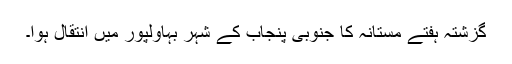
گزشتہ ہفتے مستانہ کا جنوبی پنجاب کے شہر بہاولپور میں انتقال ہوا۔